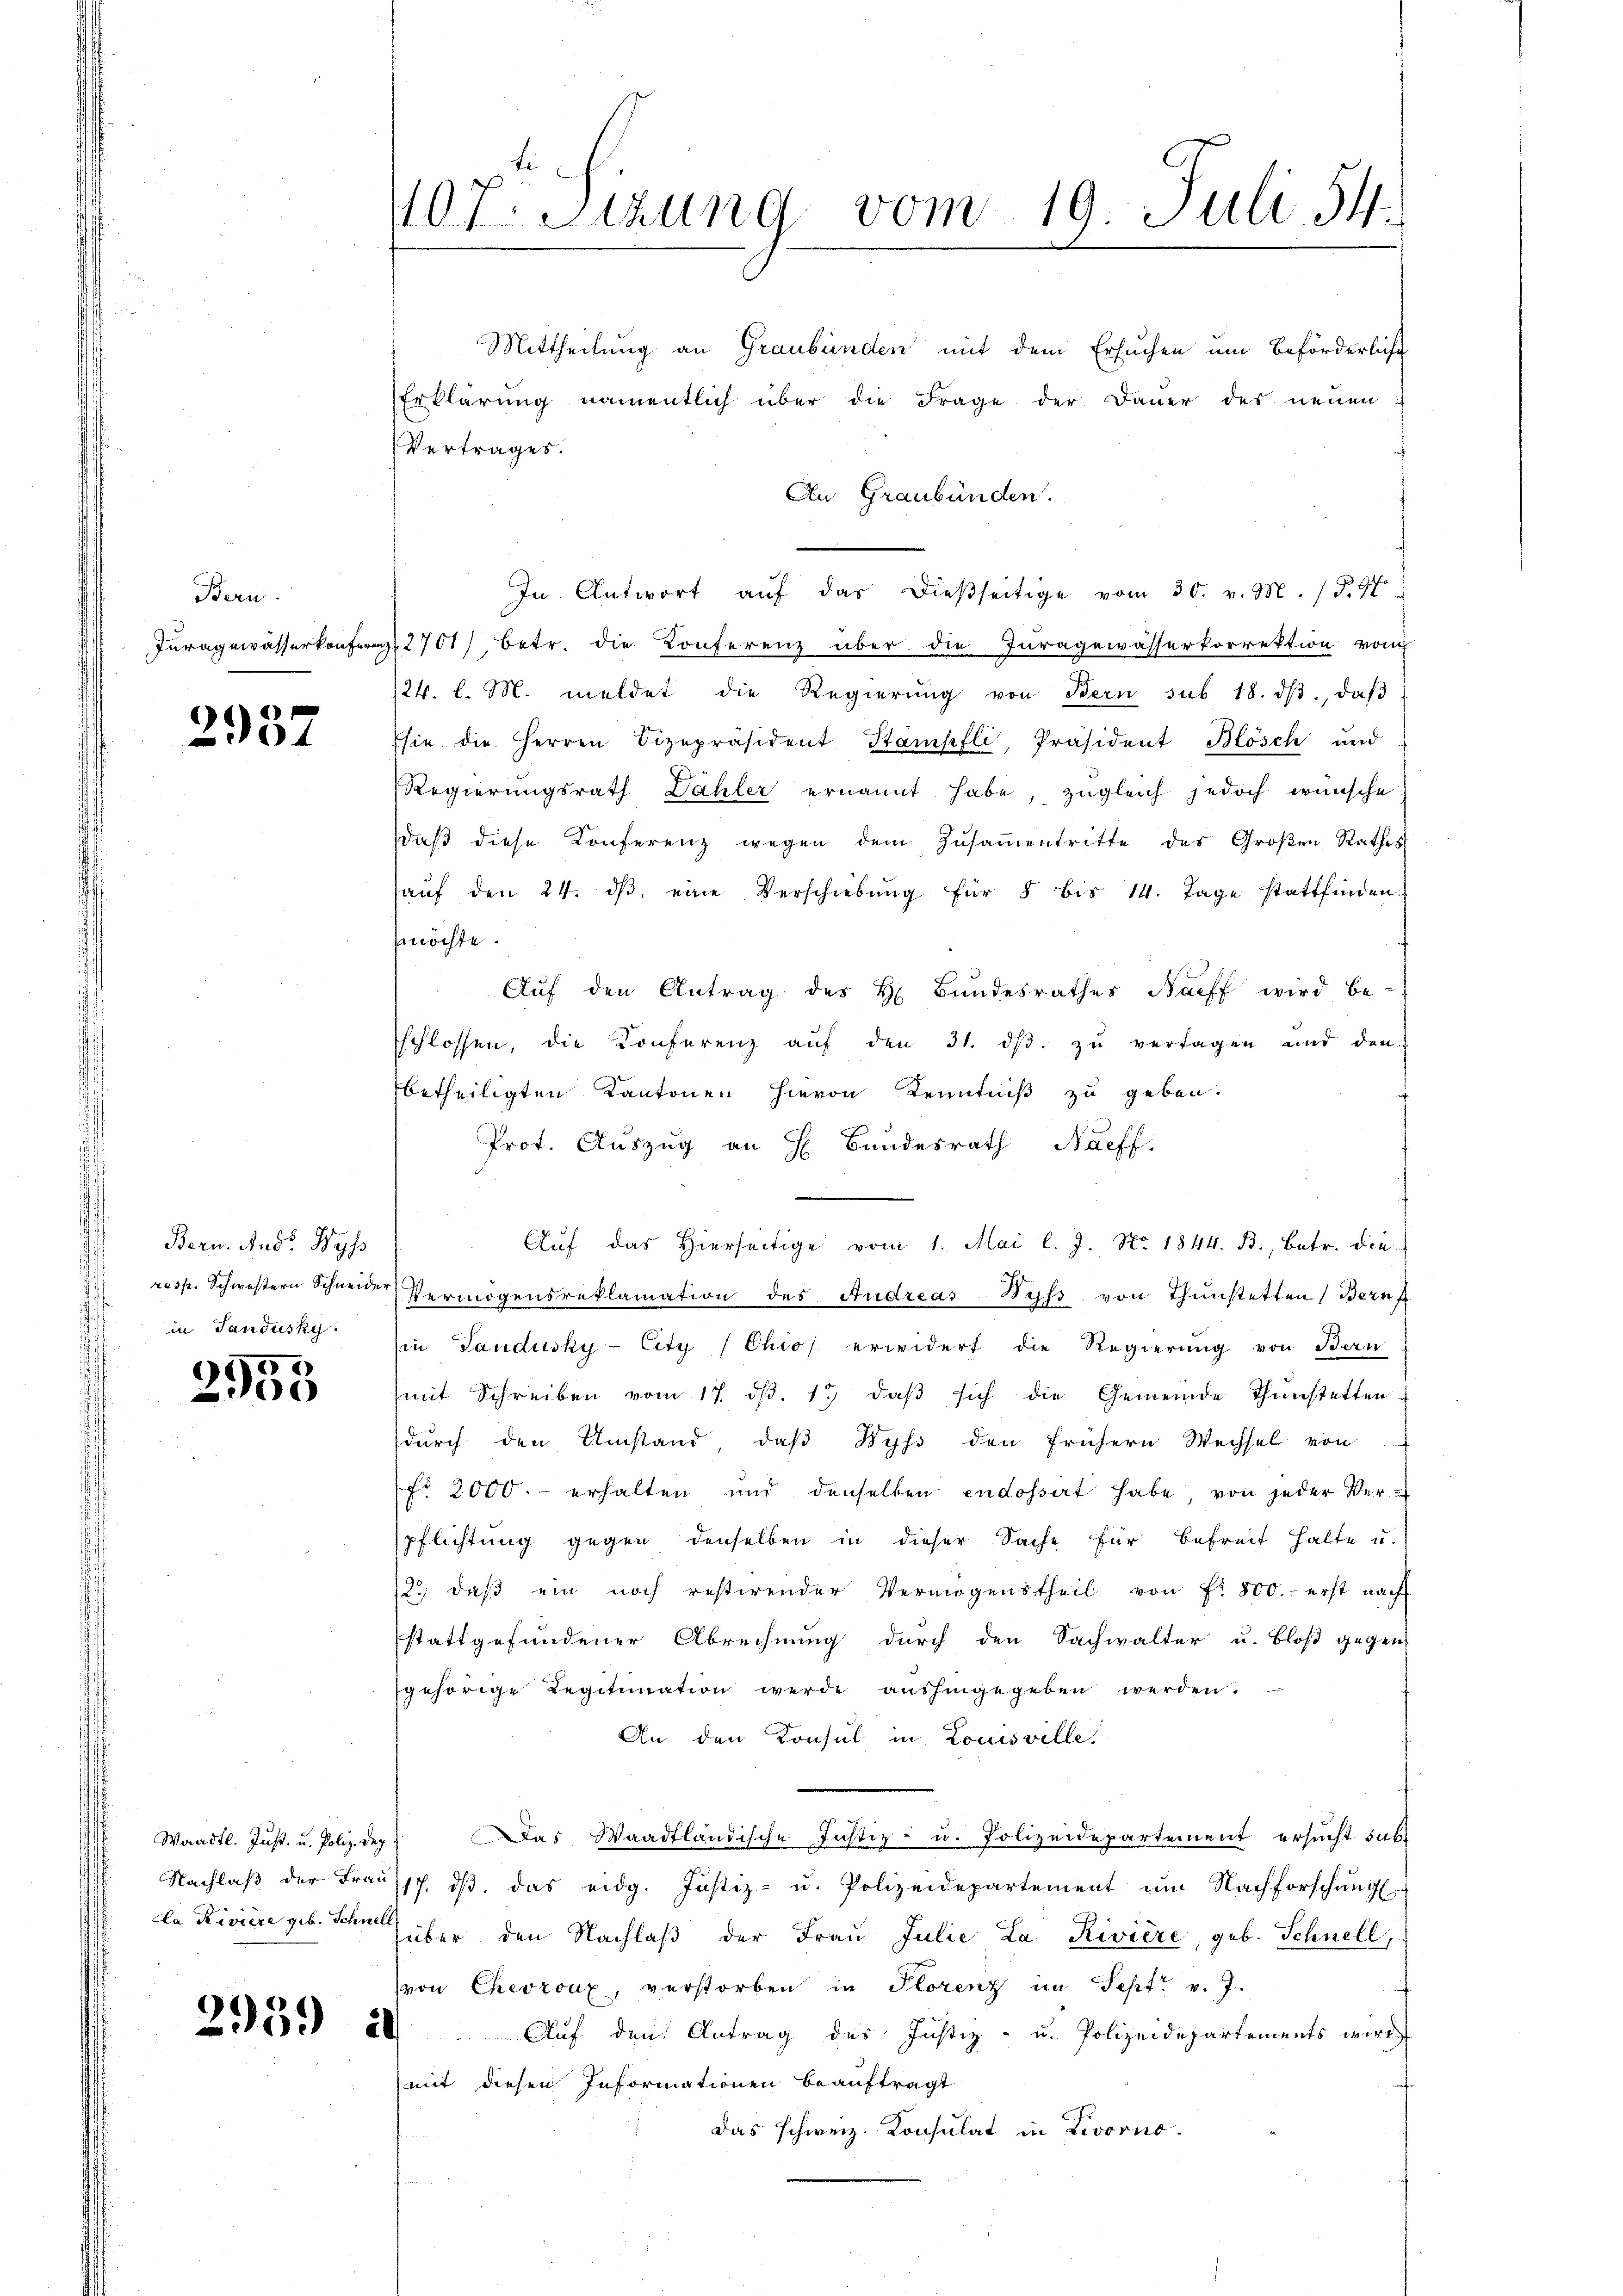
Bern.
Juragewässerkonferen

2957

Bern. And. Wyss
in Tandusky

5
2900

Waadt. Just, u. Poliz. Dep

2959 a

107. Sitzung vom 19. Juli 54.

Mittheilung an Graubünden mit dem Ersuchen um Beförderliche
Erklärung namentlich über die Frage der Dauer des neuen
Vertrages.
An Graubünden.
In Antwort aŭf das dießseitige vom 30. v. M. (T.97
 2701), betr. die Konferenz über die Inragewässerkorrektion von
24. l. M. meldet die Regierŭng von Bern sub 18. dβ, daβ
sie die Herren Vizepräsident Stampfli, Präsident Blösch und
Regierungsrath Dähler ernannt habe, zugleich jedoch wünsche
daβ diese Konferenz wegen dem Zŭsaṁentritte des Großen Rathes
aŭf den 24. dβ eine Verschiebŭng für 8 bis 14. Tage stattfinden.
möchte.
Auf den Antrag des H. Bundesrathes Nacff wird be-
sschlossen, die Konferenz aŭf den 31. dβ zŭ vertagen und den
betheiligten Kantonen hievon Kenntniß zu geben.
Prot. Auszug an H. Bundesrath Naeff.
Aŭf das hierseitige vom 1. Mai l. J. No. 1844. B., Betr. die
resp. Schwestern Schneider Vermögensreklamation des Andreas Wyss von Thunstetten Bern f
Ein Tandusky-City (Chios erwidert die Regierung von Bern
mit Schreiben vom 17. ds. 1.) daß sich die Gemeinde Thanstetten
durch den Umstand, daß Wyss den frühern Wechsel von
fr 2000.- erhalten und denselben endossart habe von jeder Verspflichtung gegen denselben in dieser Sache für Befreit halte u.
12. daβ ein noch restirender Vermögenstheil von fr. 800. erst nach
stattgefundener Abrechnung durch den Sachwalter u. bloß gegen
gehörige Legitimation werde aŭshingegeben werden.
An den Konsul in Louisville.
Das Waadtländische Justiz- u. Polizeidepartement ersucht subt
Nachlaβ der Fraŭssp. dβ das eidg. Justiz- u. Polizeidepartement ŭm Nachforschung.
la Riviere geb. Schnüber den Nachlaβ der Frau Julie La Riviere, geb. Schnell,
von Chevroux, verstorben in Plorenz im Sept v. J.
Auf den Antrag des Justiz- u. Polizeidepartements wird
mit diesen Informationen beauftragt
Das schweiz. Konsulat in Livorno.